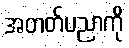
အတတ်ပညာကို